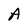
Character: A